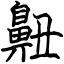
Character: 䶊